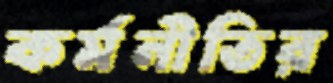
কর্মনীতির